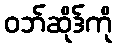
ဝဘ်ဆိုဒ်ကို